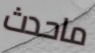
ماحدث